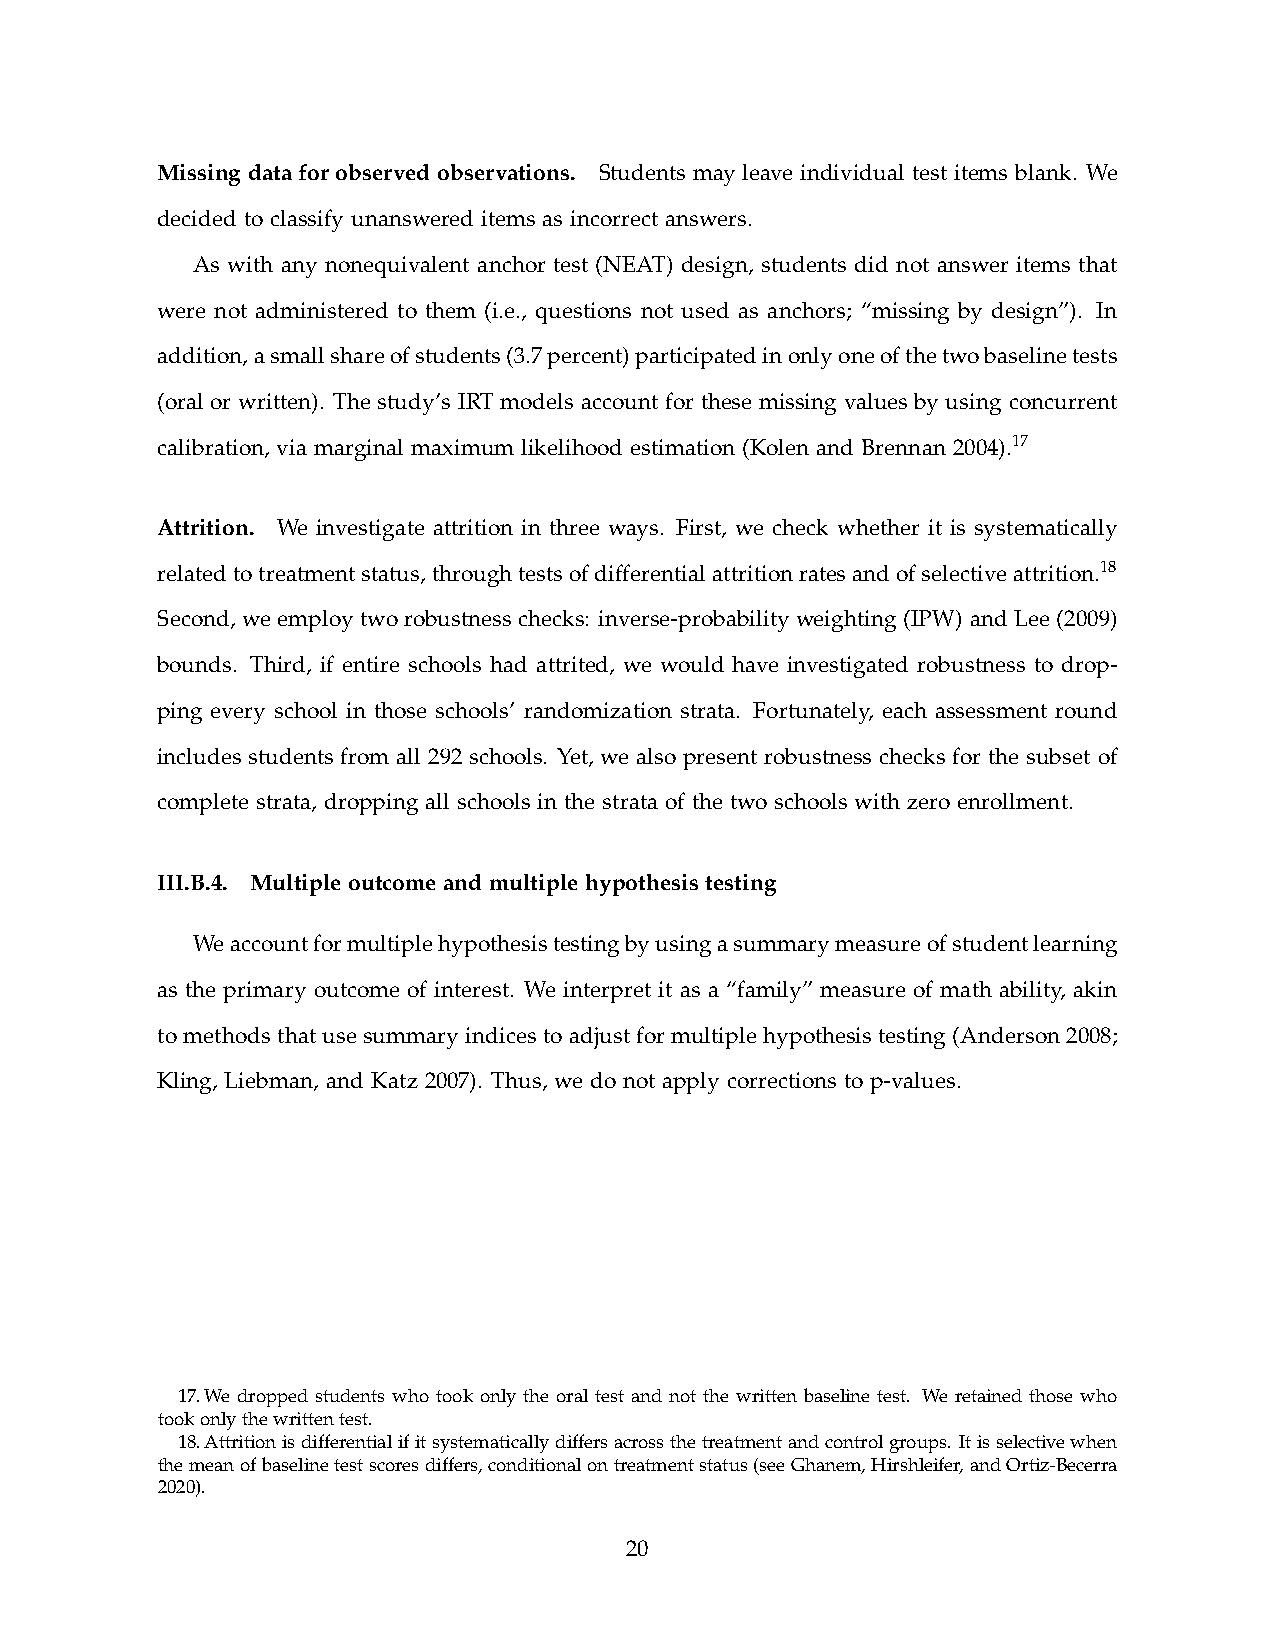
Missing data for observed observations. Students may leave individual test items blank. We
 decided to classify unanswered items as incorrect answers.
 As with any nonequivalent anchor test (NEAT) design, students did not answer items that
 were not administered to them (i.e., questions not used as anchors; “missing by design”). In
 addition, a small share of students (3.7 percent) participated in only one of the two baseline tests
 (oral or written). The study’s IRT models account for these missing values by using concurrent
 calibration, via marginal maximum likelihood estimation (Kolen and Brennan 2004).17
 Attrition. We investigate attrition in three ways. First, we check whether it is systematically
 related to treatment status, through tests of differential attrition rates and of selective attrition.18
 Second, we employ two robustness checks: inverse-probability weighting (IPW) and Lee (2009)
 bounds. Third, if entire schools had attrited, we would have investigated robustness to drop-
 ping every school in those schools’ randomization strata. Fortunately, each assessment round
 includes students from all 292 schools. Yet, we also present robustness checks for the subset of
 complete strata, dropping all schools in the strata of the two schools with zero enrollment.
 III.B.4. Multiple outcome and multiple hypothesis testing
 We account for multiple hypothesis testing by using a summary measure of student learning
 as the primary outcome of interest. We interpret it as a “family” measure of math ability, akin
 to methods that use summary indices to adjust for multiple hypothesis testing (Anderson 2008;
 Kling, Liebman, and Katz 2007). Thus, we do not apply corrections to p-values.
 17. We dropped students who took only the oral test and not the written baseline test. We retained those who
 took only the written test.
 18. Attrition is differential if it systematically differs across the treatment and control groups. It is selective when
 the mean of baseline test scores differs, conditional on treatment status (see Ghanem, Hirshleifer, and Ortiz-Becerra
 2020).
 20